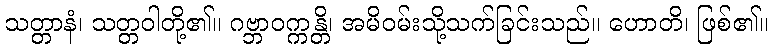
သတ္တာနံ၊ သတ္တဝါတို့၏။ ဂဗ္ဘာဝက္ကန္တိ၊ အမိဝမ်းသို့သက်ခြင်းသည်။ ဟောတိ၊ ဖြစ်၏။